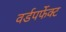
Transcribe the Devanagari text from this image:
वर्डपर्फेक्ट